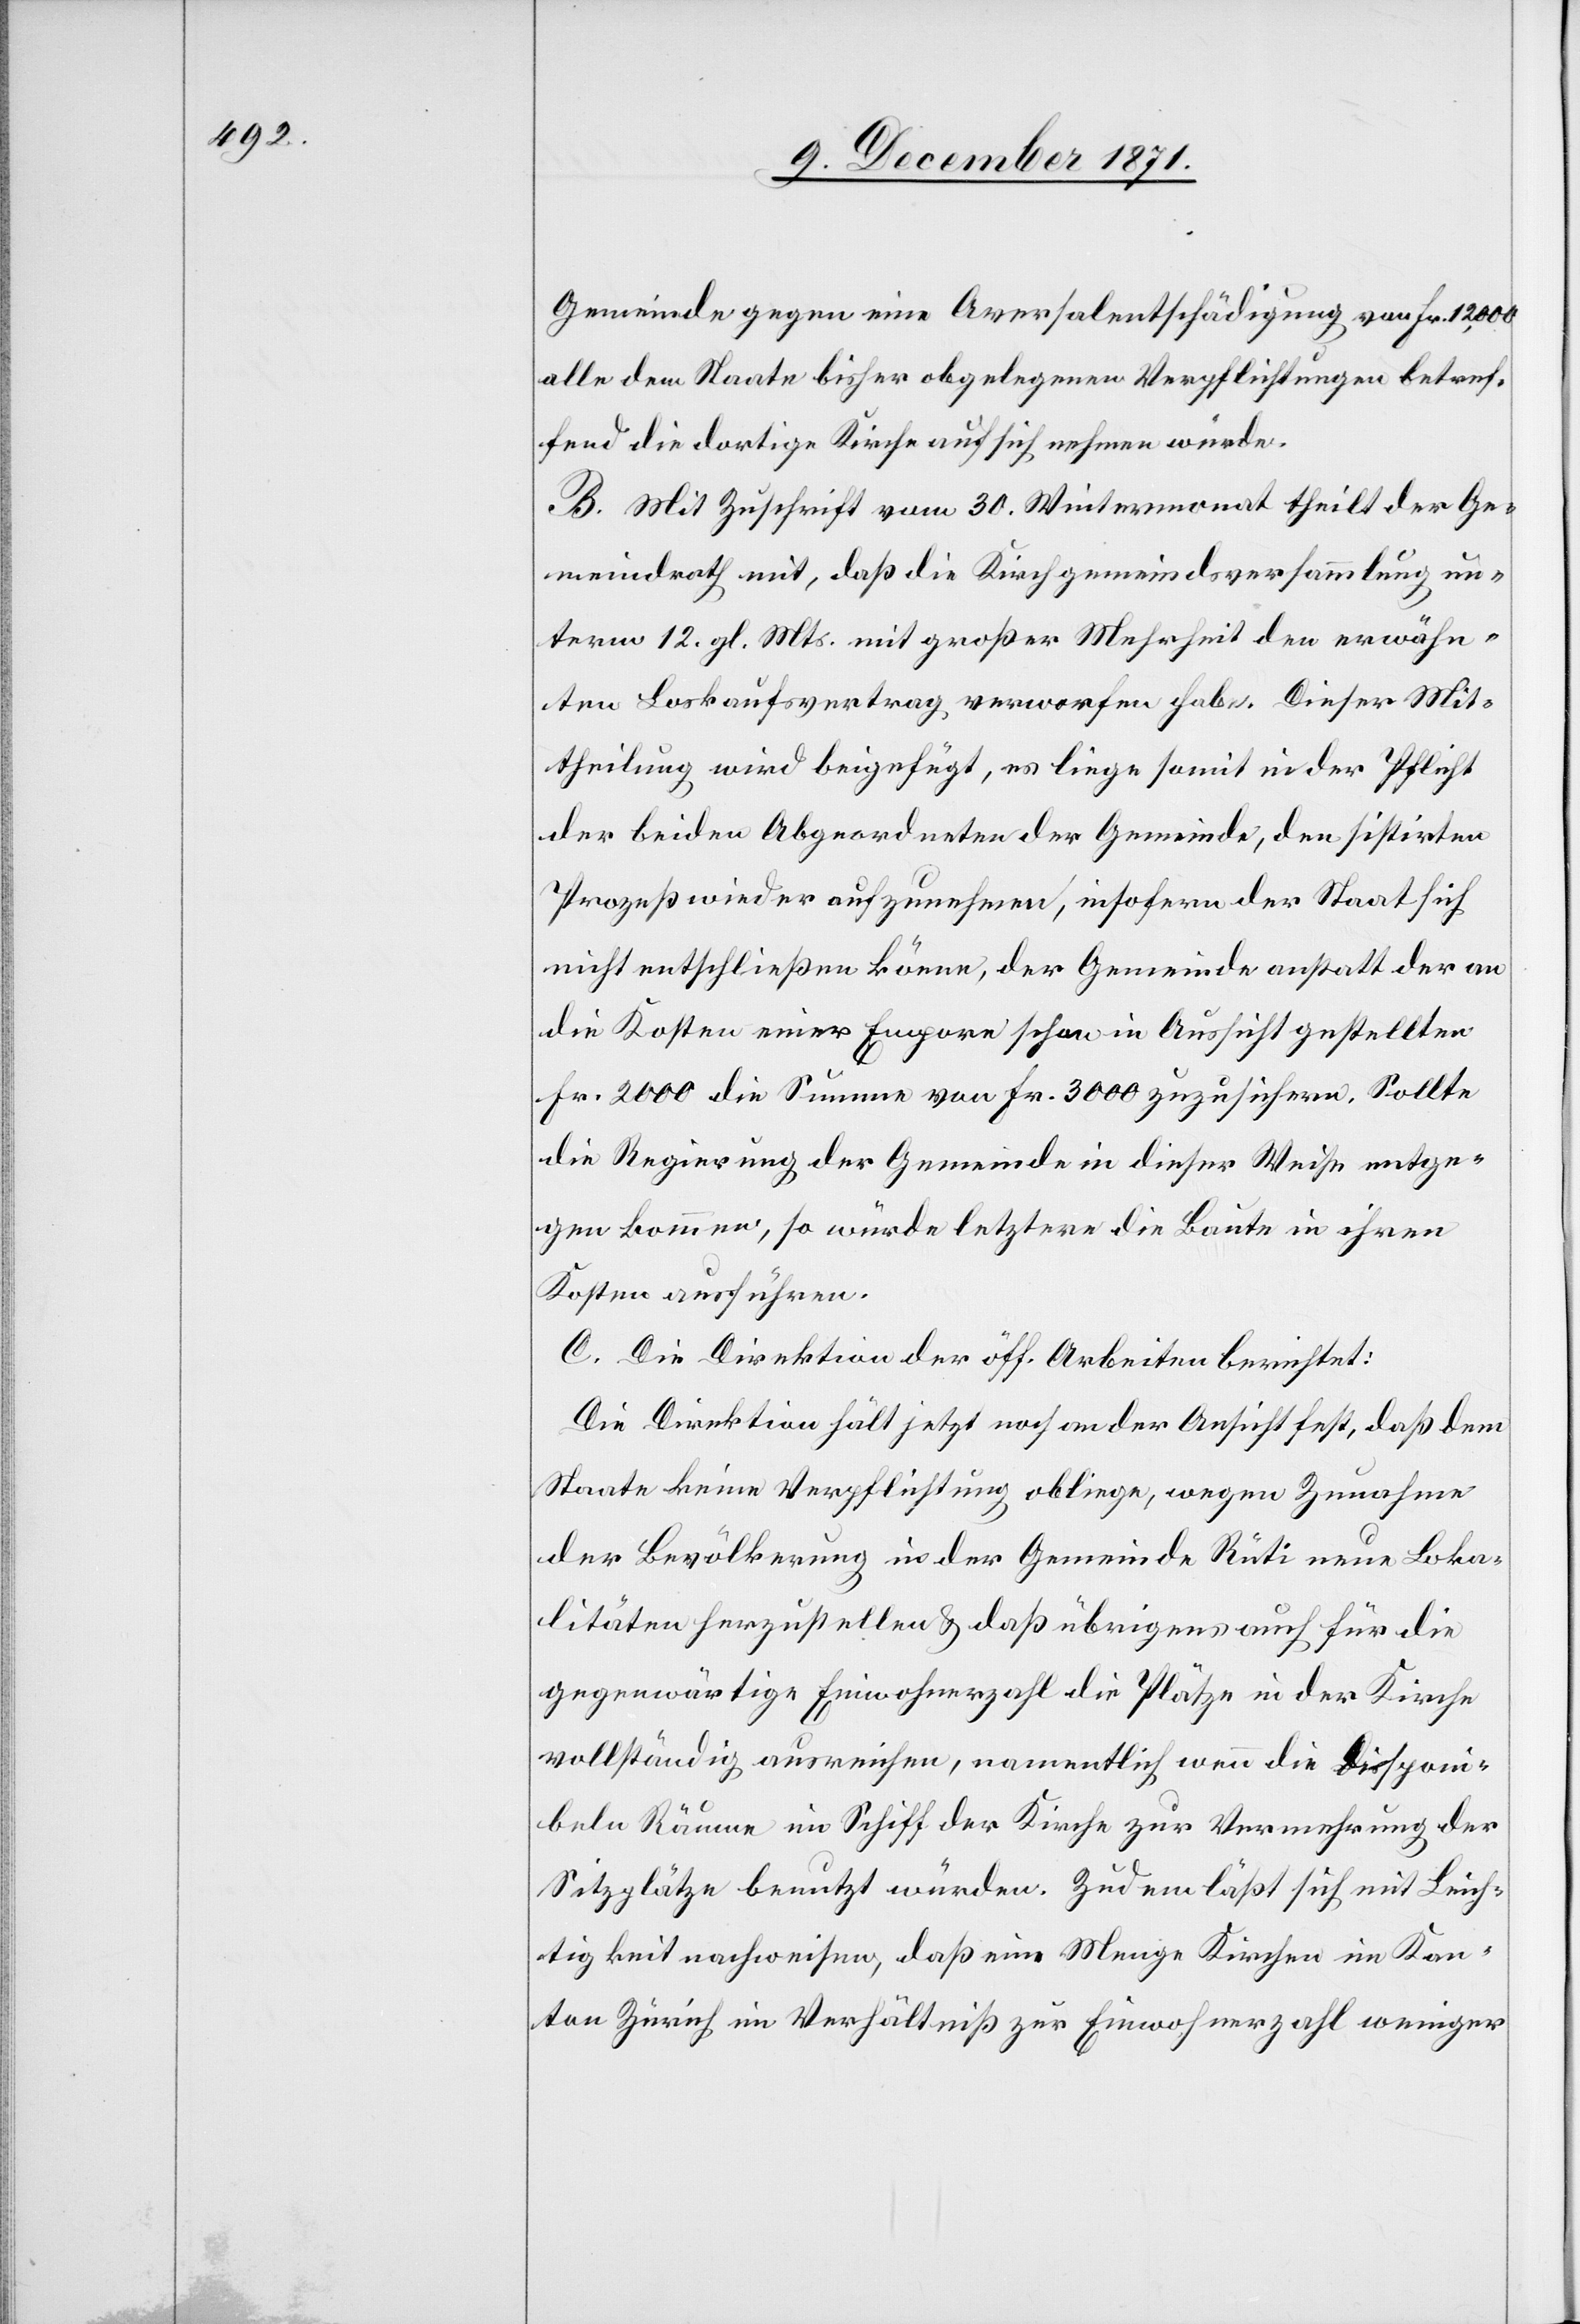
Gemeinde gegen eine Aversalentschädigung von Fr. 12,000
alle dem Staate bisher obgelegenen Verpflichtungen betref¬
fend die dortige Kirche auf sich nehmen würde.
B. Mit Zuschrift vom 30. Wintermonat theilt der Ge¬
meindrath mit, daß die Kirchgemeindsversammlung un¬
term 12. gl. Mts. mit großer Mehrheit den erwähn¬
ten Loskaufsvertrag verworfen habe. Dieser Mit¬
theilung wird beigefügt, es liege somit in der Pflicht
der beiden Abgeordneten der Gemeinde, den sistirten
Prozeß wieder aufzunehmen, insofern der Staat sich
nicht entschließen könne, der Gemeinde anstatt der an
die Kosten einer Empore schon in Aussicht gestellten
Fr. 2000 die Summe von Fr. 3000 zuzusichern. Sollte
die Regierung der Gemeinde in dieser Weise entge¬
gen kommen, so würde letztere die Baute in ihren
Kosten ausführen.
C. Die Direktion der öff. Arbeiten berichtet:
Die Direktion hält jetzt noch an der Ansicht fest, daß dem
Staate keine Verpflichtung obliege, wegen Zunahme
der Bevölkerung in der Gemeinde Rüti neue Loka¬
litäten herzustellen & daß übrigens auch für die
gegenwärtige Einwohnerzahl die Plätze in der Kirche
vollständig ausreichen, namentlich wenn die Disponi¬
beln Räume im Schiff der Kirche zur Vermehrung der
Sitzplätze benutzt würden. Zudem läßt sich mit Leich¬
tigkeit nachweisen, daß eine Menge Kirchen im Kan¬
ton Zürich im Verhältniß zur Einwohnerzahl weniger